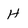
Character: H